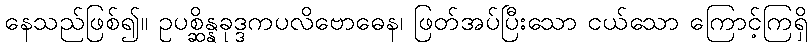
နေသည်ဖြစ်၍။ ဥပစ္ဆိန္နခုဒ္ဒကပလိဗောဓေန၊ ဖြတ်အပ်ပြီးသော ငယ်သော ကြောင့်ကြရှိ